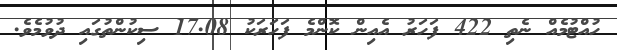
ހުއްޓުމެއް ނެތި 422 ފަހަރު އެއިން ކޮންމެ ފަހަރަކު 17.08 ސިކުންތުގައި ދުވުމެވެ.